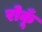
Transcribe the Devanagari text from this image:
रोकूँ